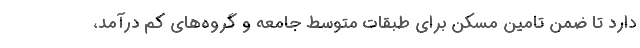
دارد تا ضمن تامین مسکن برای طبقات متوسط جامعه و گروه‌های کم درآمد،